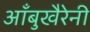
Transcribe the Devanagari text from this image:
आँबुखैरेनी